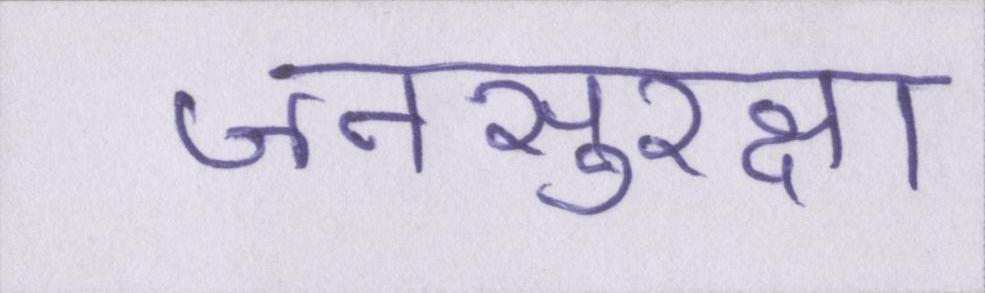
जनसुरक्षा